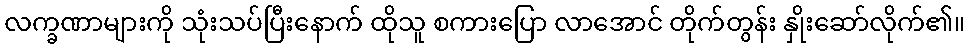
လက္ခဏာများကို သုံးသပ်ပြီးနောက် ထိုသူ စကားပြော လာအောင် တိုက်တွန်း နှိုးဆော်လိုက်၏။